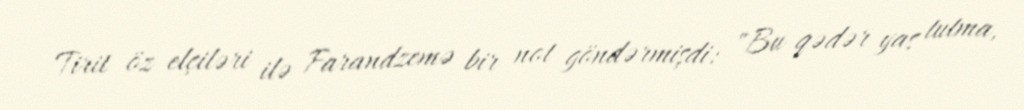
Tirit öz elçiləri ilə Farandzemə bir not göndərmişdi: "Bu qədər yas tutma,